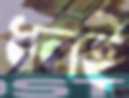
ধলই